Annual statistical returns and brief notes on vaccination in Bengal - 1909-1929
Year: 1909
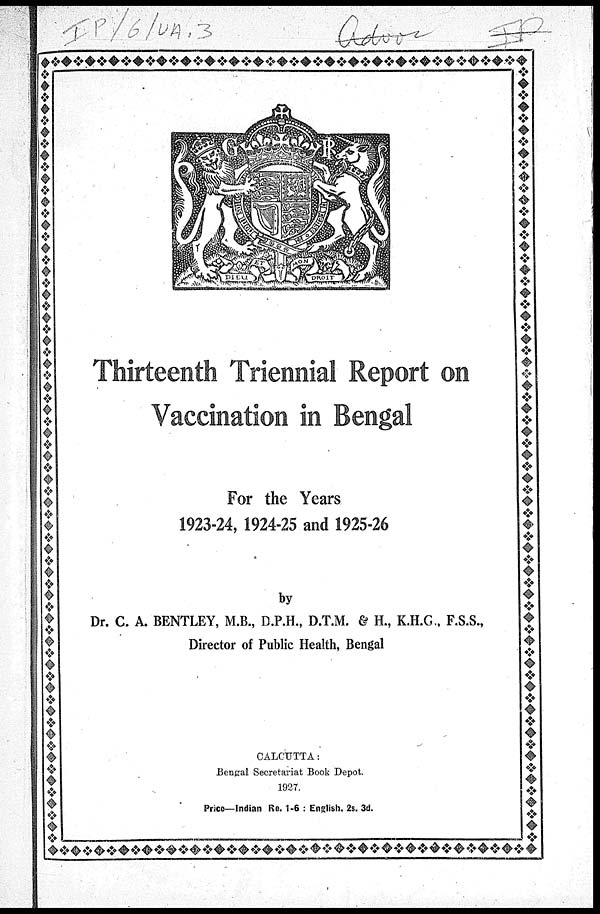
Thirteenth Triennial Report on
Vaccination in Bengal
For the Years
1923-24, 1924-25 and 1925-26
by
Dr. C. A. BENTLEY, M.B., D.P.H., D.T.M. & H., K.H.G., F.S.S.,
Director of Public Health, Bengal
CALCUTTA:
Bengal Secretariat Book Depot.
1927.
Price—Indian Re. 1-6 : English, 2s. 3d.